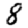
Digit: 8